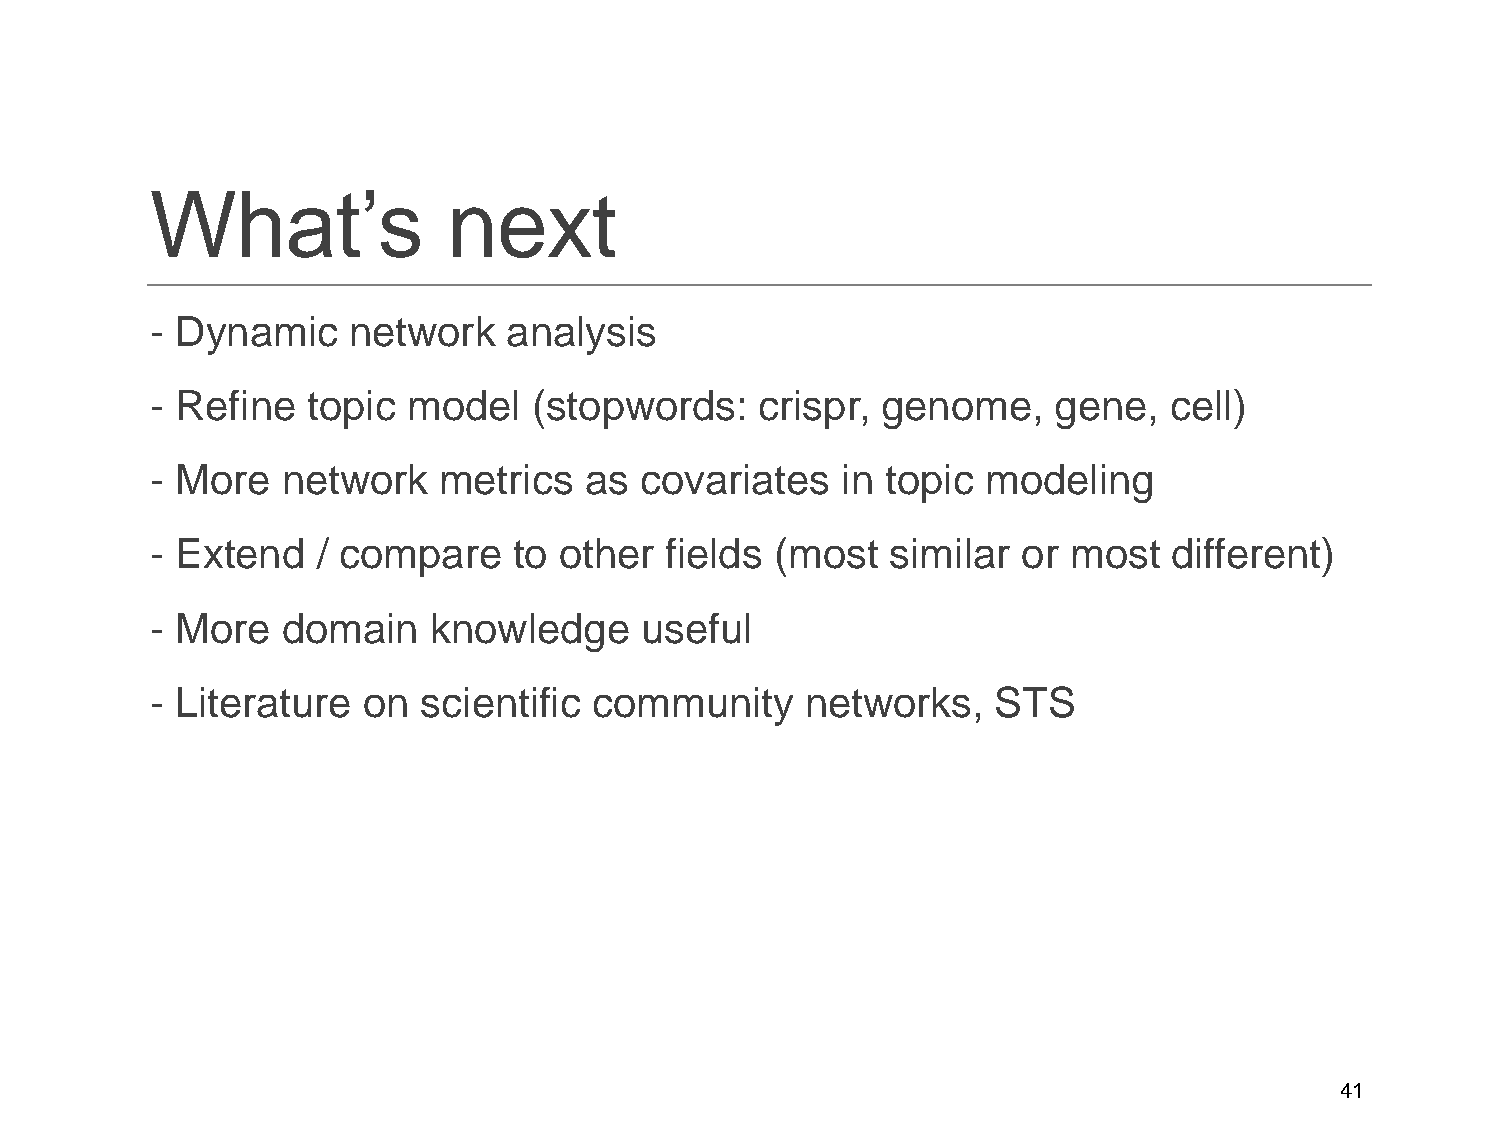
What’s              next
 - Dynamic    network    analysis
 - Refine  topic  model   (stopwords:    crispr, genome,     gene,  cell)
 - More   network   metrics   as covariates    in topic modeling
 - Extend   / compare    to other  fields (most   similar  or most   different)
 - More   domain   knowledge     useful
 - Literature  on  scientific community     networks,    STS
 41